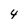
Character: 4